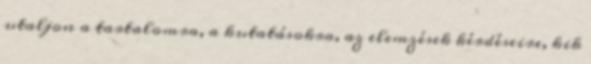
utaljon a tartalomra, a kutatásokra, az elemzések kérdéseire, kik